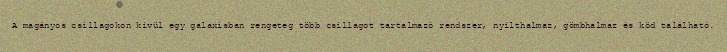
A magányos csillagokon kívül egy galaxisban rengeteg több csillagot tartalmazó rendszer, nyílthalmaz, gömbhalmaz és köd található.